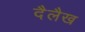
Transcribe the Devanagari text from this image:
दैलैख